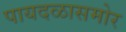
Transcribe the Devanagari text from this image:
पायदळासमोर